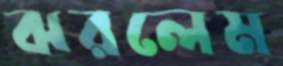
ঝরলেম